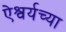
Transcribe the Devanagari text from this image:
ऐश्वर्यच्या